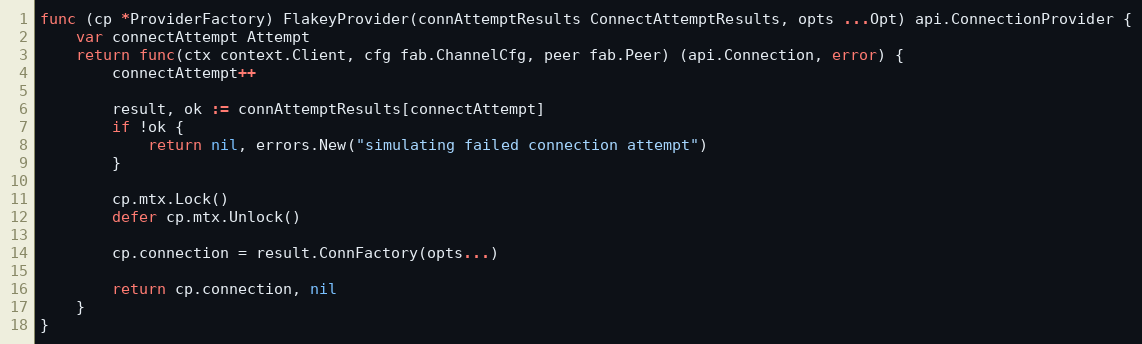
Language: Go
func (cp *ProviderFactory) FlakeyProvider(connAttemptResults ConnectAttemptResults, opts ...Opt) api.ConnectionProvider {
	var connectAttempt Attempt
	return func(ctx context.Client, cfg fab.ChannelCfg, peer fab.Peer) (api.Connection, error) {
		connectAttempt++

		result, ok := connAttemptResults[connectAttempt]
		if !ok {
			return nil, errors.New("simulating failed connection attempt")
		}

		cp.mtx.Lock()
		defer cp.mtx.Unlock()

		cp.connection = result.ConnFactory(opts...)

		return cp.connection, nil
	}
}